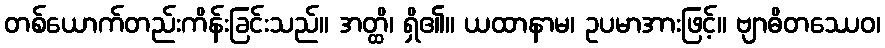
တစ်ယောက်တည်းကိန်းခြင်းသည်။ အတ္ထိ၊ ရှိ၏။ ယထာနာမ၊ ဥပမာအားဖြင့်။ ဗျာဓိတဿေဝ၊